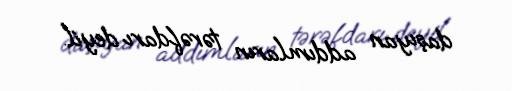
daşıyan addımların tərəfdarı deyil.